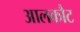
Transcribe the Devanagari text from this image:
आलकौट